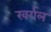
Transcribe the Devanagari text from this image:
खर्गल